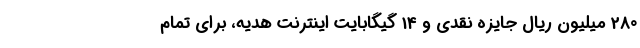
280 میلیون ریال جایزه نقدی و 14 گیگابایت اینترنت هدیه، برای تمام